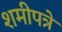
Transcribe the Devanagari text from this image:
शमीपत्रे